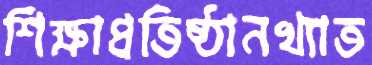
শিক্ষাপ্রতিষ্ঠানখ্যাত